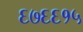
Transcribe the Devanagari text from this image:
६७६६१५